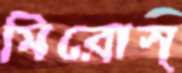
মিরোস্